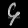
Digit: ၄